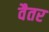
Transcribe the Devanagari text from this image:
वैतर